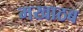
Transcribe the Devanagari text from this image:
मखाठब